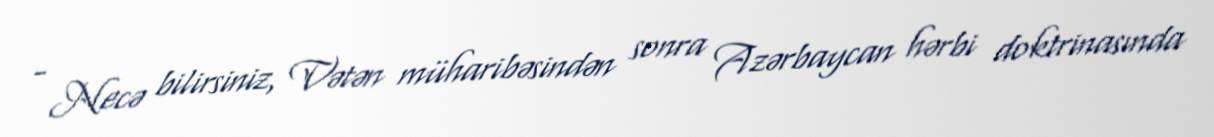
- Necə bilirsiniz, Vətən müharibəsindən sonra Azərbaycan hərbi doktrinasında